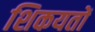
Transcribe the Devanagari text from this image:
शिकयतों